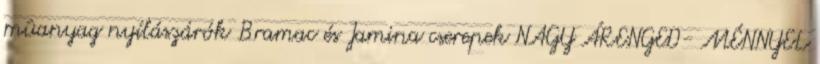
mûanyag nyílászárók Bramac és Jamina cserepek NAGY ÁRENGED- MÉNNYEL